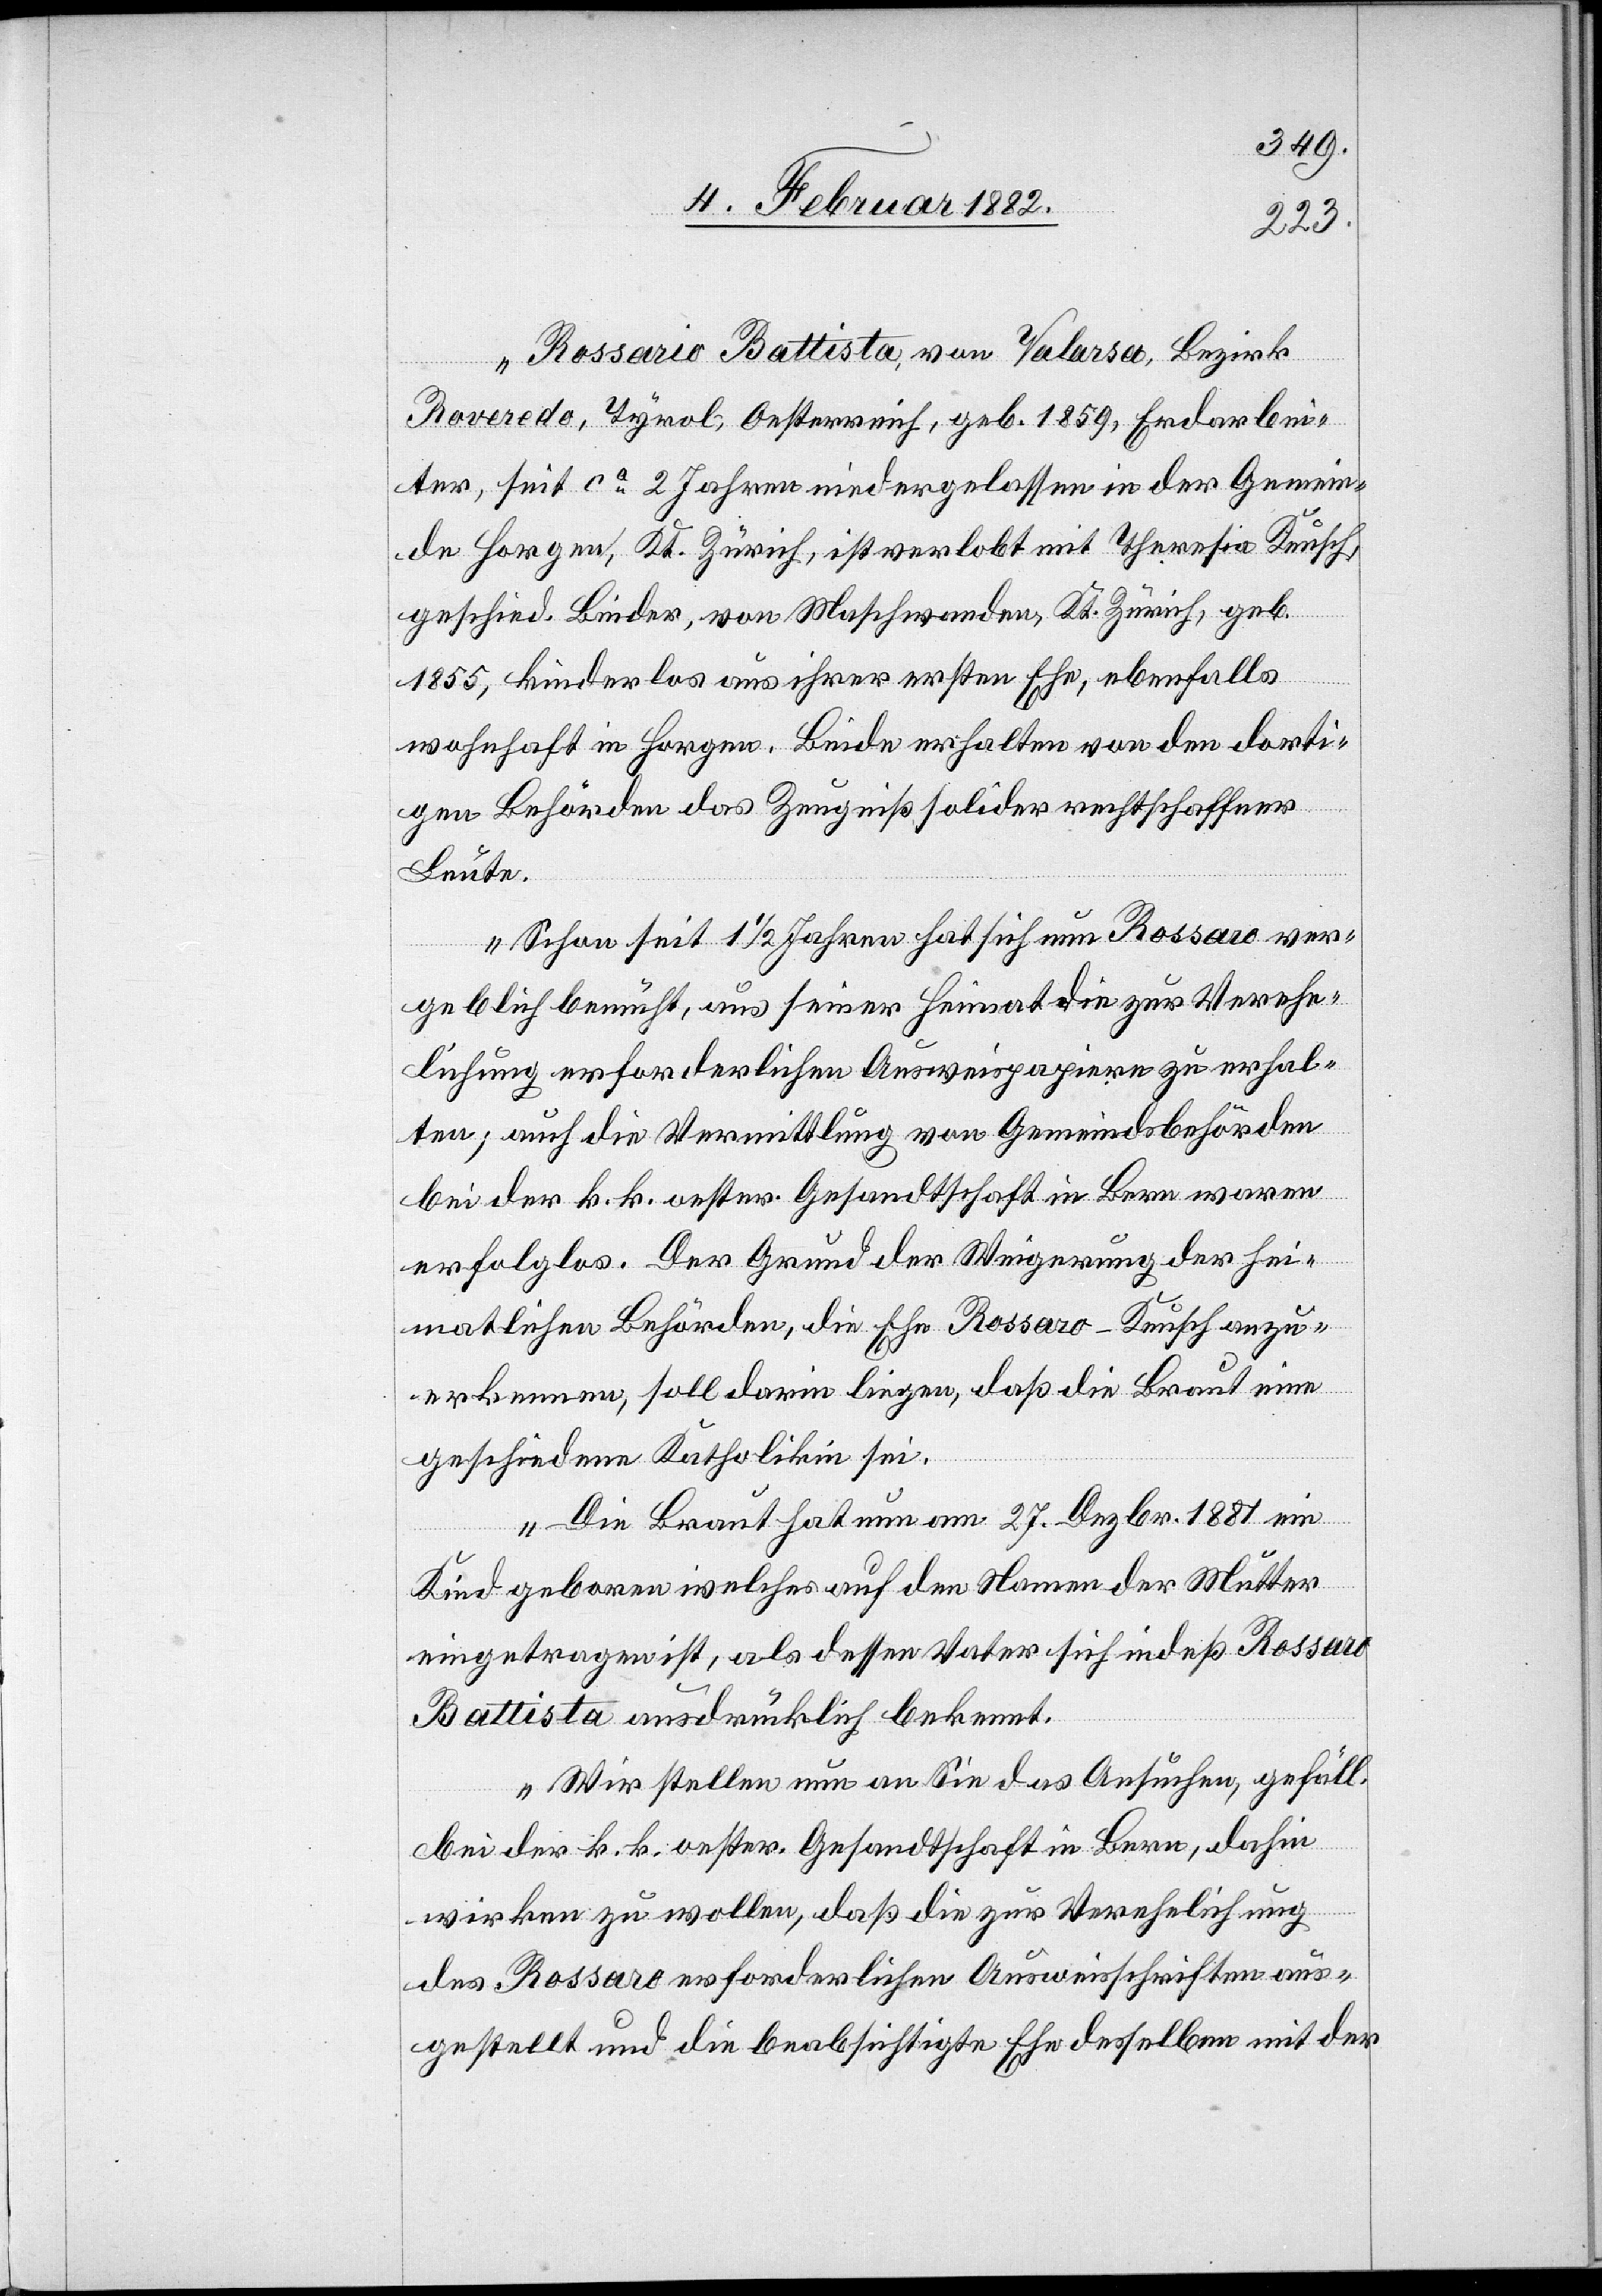
Rossario Battista, von Valarsa, Bezirk
Roveredo, Tyrol, Oesterreich, geb. 1859, Erdarbei¬
ter, seit ca 2 Jahren niedergelassen in der Gemein¬
de Horgen, Kt. Zürich, ist verlobt mit Theresia Keusch,
geschied. Binder, von Maschwanden, Kt. Zürich, geb.
1855, kinderlos aus ihrer ersten Ehe, ebenfalls
wohnhaft in Horgen. Beide erhalten von den dorti¬
gen Behörden das Zeugniß solider rechtschaffener
Leute.
Schon seit 1 1/2 Jahren hat sich nun Rossaro ver¬
geblich bemüht, aus seiner Heimat die zur Verehe¬
lichung erforderlichen Ausweispapiere zu erhal¬
ten; auch die Vermittlung von Gemeindsbehörden
bei der k. k. oester. Gesandtschaft in Bern waren
erfolglos. Der Grund der Weigerung der hei¬
matlichen Behörde, die Ehe Rossaro - Keusch anzu¬
erkennen, soll darin liegen, daß die Braut eine
geschiedene Katholikin sei.
Die Braut hat nun am 27. Dezbr. 1881 ein
Kind geboren welches auf den Namen der Mutter
eingetragen ist, als dessen Vater sich indeß Rossaro
Battista ausdrücklich bekennt.
Wir stellen nun an Sie das Ansuchen, gefäll.
bei der k. k. oester. Gesandtschaft in Bern, dahin
daß Rossaro erforderlichen Ausweisschriften aus¬
gestellt und die beabsichtigte Ehe desselben mit der